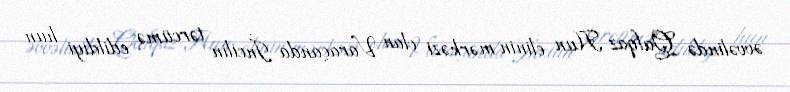
əvvəlində Qafqaz Hun elinin mərkəzi olan Varaçanda İncilin tərcümə edildiyi hun